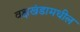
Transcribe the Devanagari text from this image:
वक्षखंडामधील